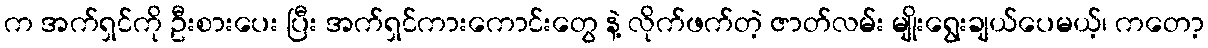
က အက်ရှင်ကို ဦးစားပေး ပြီး အက်ရှင်ကားကောင်းတွေ နဲ့ လိုက်ဖက်တဲ့ ဇာတ်လမ်း မျိုးရွေးချယ်ပေမယ့်၊ ကတော့